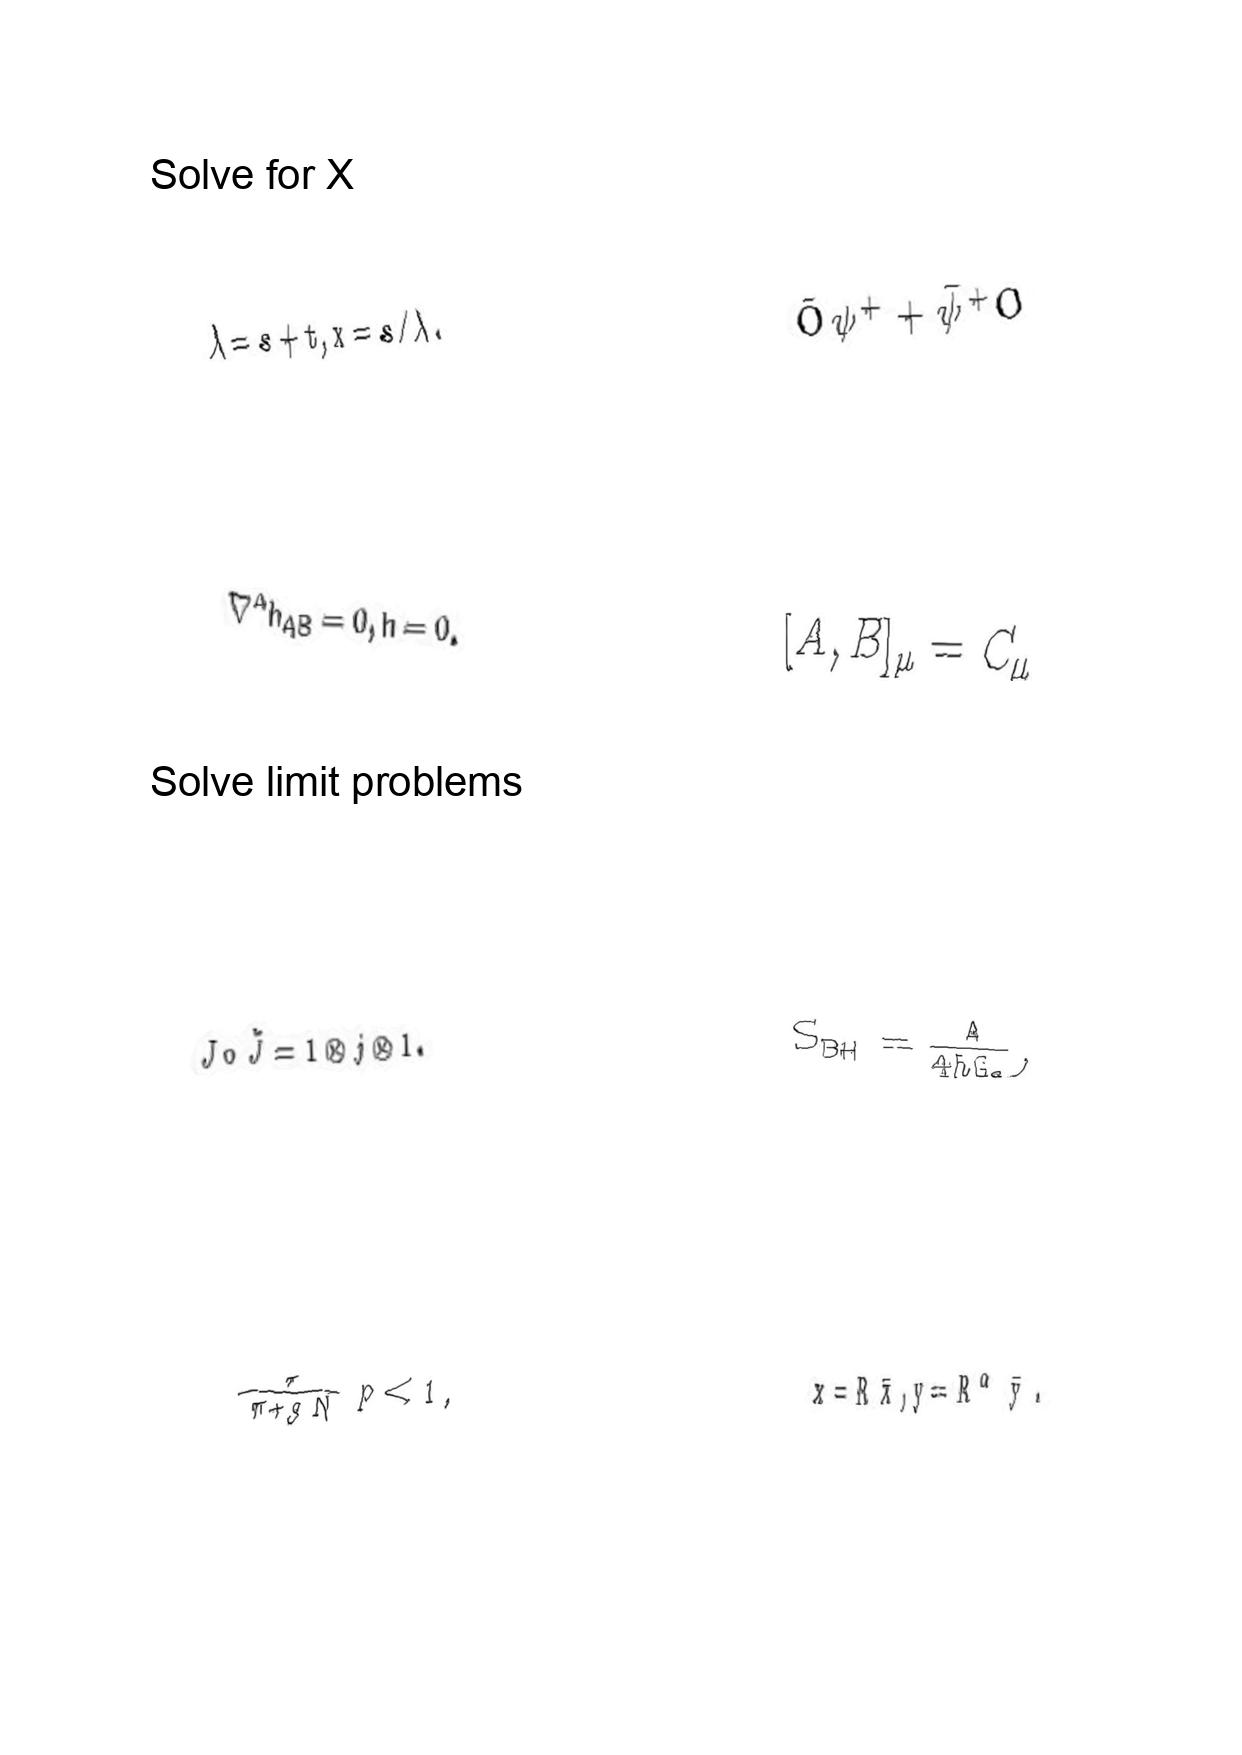
LaTeX transcription:
\lambda = s + t , x = s / \lambda .
\nabla ^ { A } h _ { A B } = 0 , h = 0 .
J \circ \tilde { J } = 1 \otimes j \otimes 1 .
\frac { \pi } { \pi + g N } p \lt 1 ,
\bar { O } \psi ^ { + } + \bar { \psi } ^ { + } O
\lbrack A , B \rbrack _ { \mu } = C _ { \mu }
S _ { B H } = \frac { A } { 4 \hbar G _ { d } } ,
x = R \bar { x } , y = R ^ { \alpha } \bar { y } .